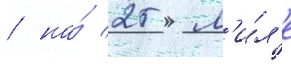
/ на́ 25 м'и́л'е